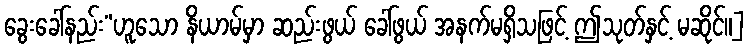
ခွေးခေါ်နည်း”ဟူသော နိယာမ်မှာ ဆည်းဖွယ် ခေါ်ဖွယ် အနက်မရှိသဖြင့် ဤသုတ်နှင့် မဆိုင်။]